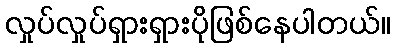
လှုပ်လှုပ်ရှားရှားပိုဖြစ်နေပါတယ်။